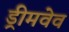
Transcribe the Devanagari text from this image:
ड्रीमवेव